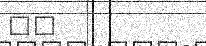
١٢